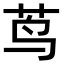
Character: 茑